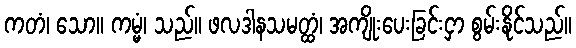
ကတံ၊ သော။ ကမ္မံ၊ သည်။ ဖလဒါနသမတ္ထံ၊ အကျိုးပေးခြင်းငှာ စွမ်းနိုင်သည်။